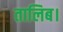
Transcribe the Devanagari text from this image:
तालिब।